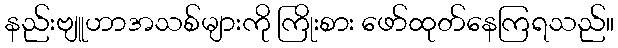
နည်းဗျူဟာအသစ်များကို ကြိုးစား ဖော်ထုတ်နေကြရသည်။